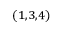
^ { ( 1 , 3 , 4 ) }